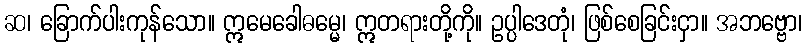
ဆ၊ ခြောက်ပါးကုန်သော။ ဣမေခေါဓမ္မေ၊ ဣတရားတို့ကို။ ဥပ္ပါဒေတုံ၊ ဖြစ်စေခြင်းငှာ။ အဘဗ္ဗော၊